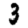
Digit: 3